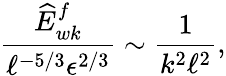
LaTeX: \frac{\widehat{E}_{wk}^{f}}{\ell^{-5/3}\epsilon^{2/3}}\sim\frac{1}{k^{2}\ell^{2}},